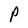
Character: P